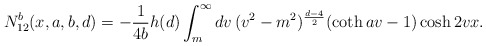
\begin{align*}N_{12}^{b}(x,a,b,d)=-\frac{1}{4b}h(d)\int_{m}^{\infty} dv\,(v^{2}-m^{2})^{\frac{d-4}{2}}(\coth av -1)\cosh 2vx. \end{align*}